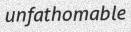
unfathomable